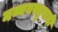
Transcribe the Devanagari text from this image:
नव्यवस्तुवादी